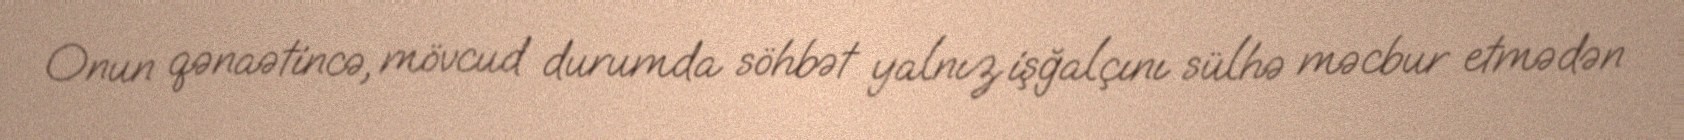
Onun qənaətincə, mövcud durumda söhbət yalnız işğalçını sülhə məcbur etmədən